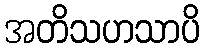
အတိသဟသာပိ